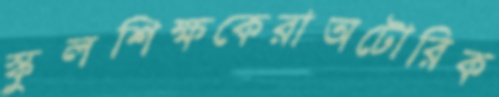
স্কুলশিক্ষকেরাঅটোরিক